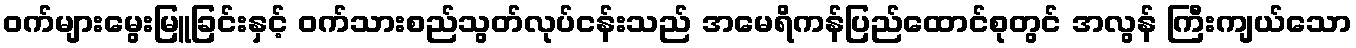
ဝက်များမွေးမြူခြင်းနှင့် ဝက်သားစည်သွတ်လုပ်ငန်းသည် အမေရိကန်ပြည်ထောင်စုတွင် အလွန် ကြီးကျယ်သော